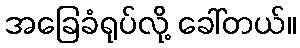
အခြေခံရုပ်လို့ ခေါ်တယ်။